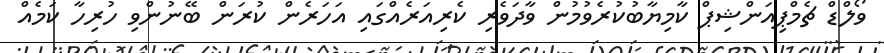
ވޯލްޑް ޗެމްޕިއަންޝިޕް ކާމިޔާބުކުރެވުުމުން ވާދަވެރި ކެރިއަރެއްގައި އަހަރެން ކުރަން ބޭނުންވި ހުރިހާ ކަމެއް